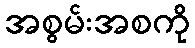
အစွမ်းအစကို